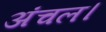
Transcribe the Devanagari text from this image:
अंचल।